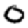
Digit: 0